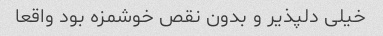
خیلی دلپذیر و بدون نقص خوشمزه بود واقعا